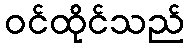
ဝင်ထိုင်သည်